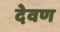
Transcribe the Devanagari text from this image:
देवण